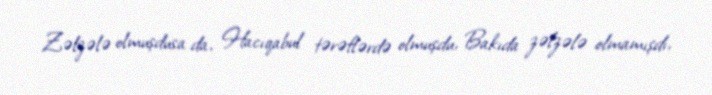
Zəlzələ olmuşdusa da, Hacıqabul tərəflərdə olmuşdu, Bakıda zəlzələ olmamışdı,